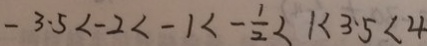
- 3 . 5 < - 2 < - 1 < - \frac { 1 } { 2 } < 1 < 3 . 5 < 4